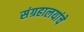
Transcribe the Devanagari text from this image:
संग्रहालयांचे